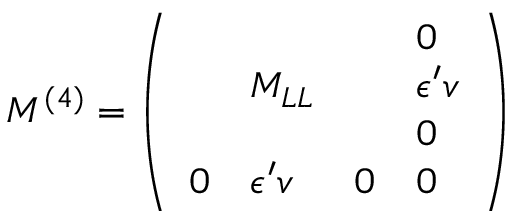
M ^ { ( 4 ) } = \left( \begin{array} { l l l l } { { } } & { { } } & { { } } & { { 0 } } \\ { { } } & { { M _ { L L } } } & { { } } & { { \epsilon ^ { \prime } v } } \\ { { } } & { { } } & { { } } & { { 0 } } \\ { { 0 } } & { { \epsilon ^ { \prime } v } } & { { 0 } } & { { 0 } } \end{array} \right)